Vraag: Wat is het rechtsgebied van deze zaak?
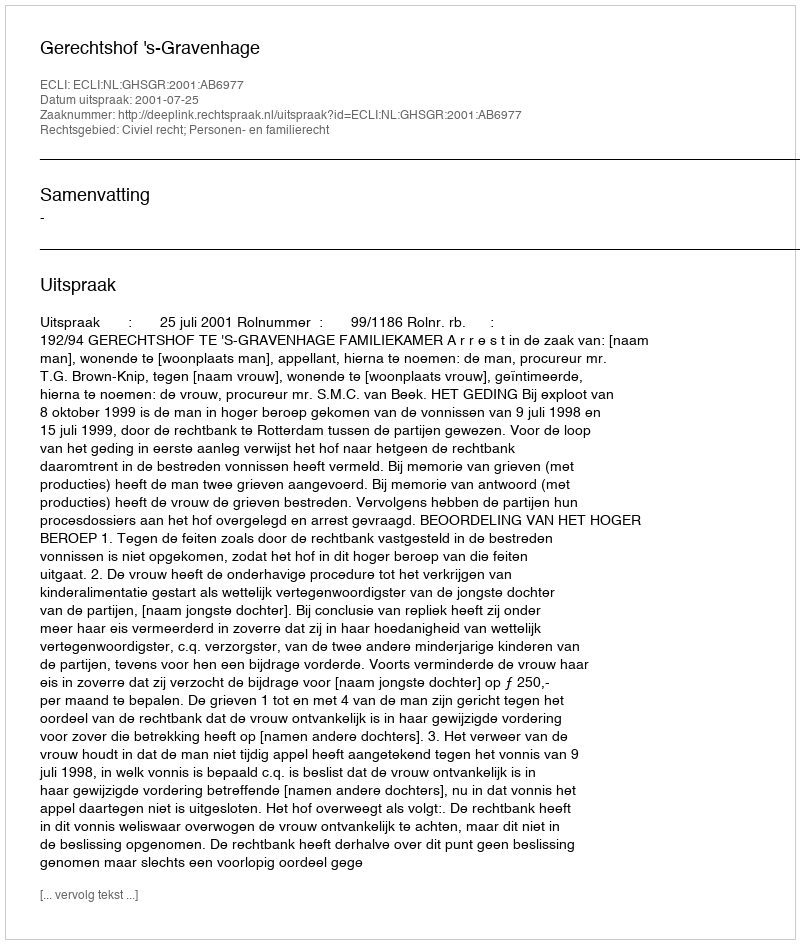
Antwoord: Civiel recht; Personen- en familierecht